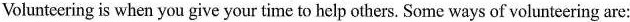
Volunteering is when you give your time to help others. Some ways of volunteering are: